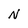
Character: N